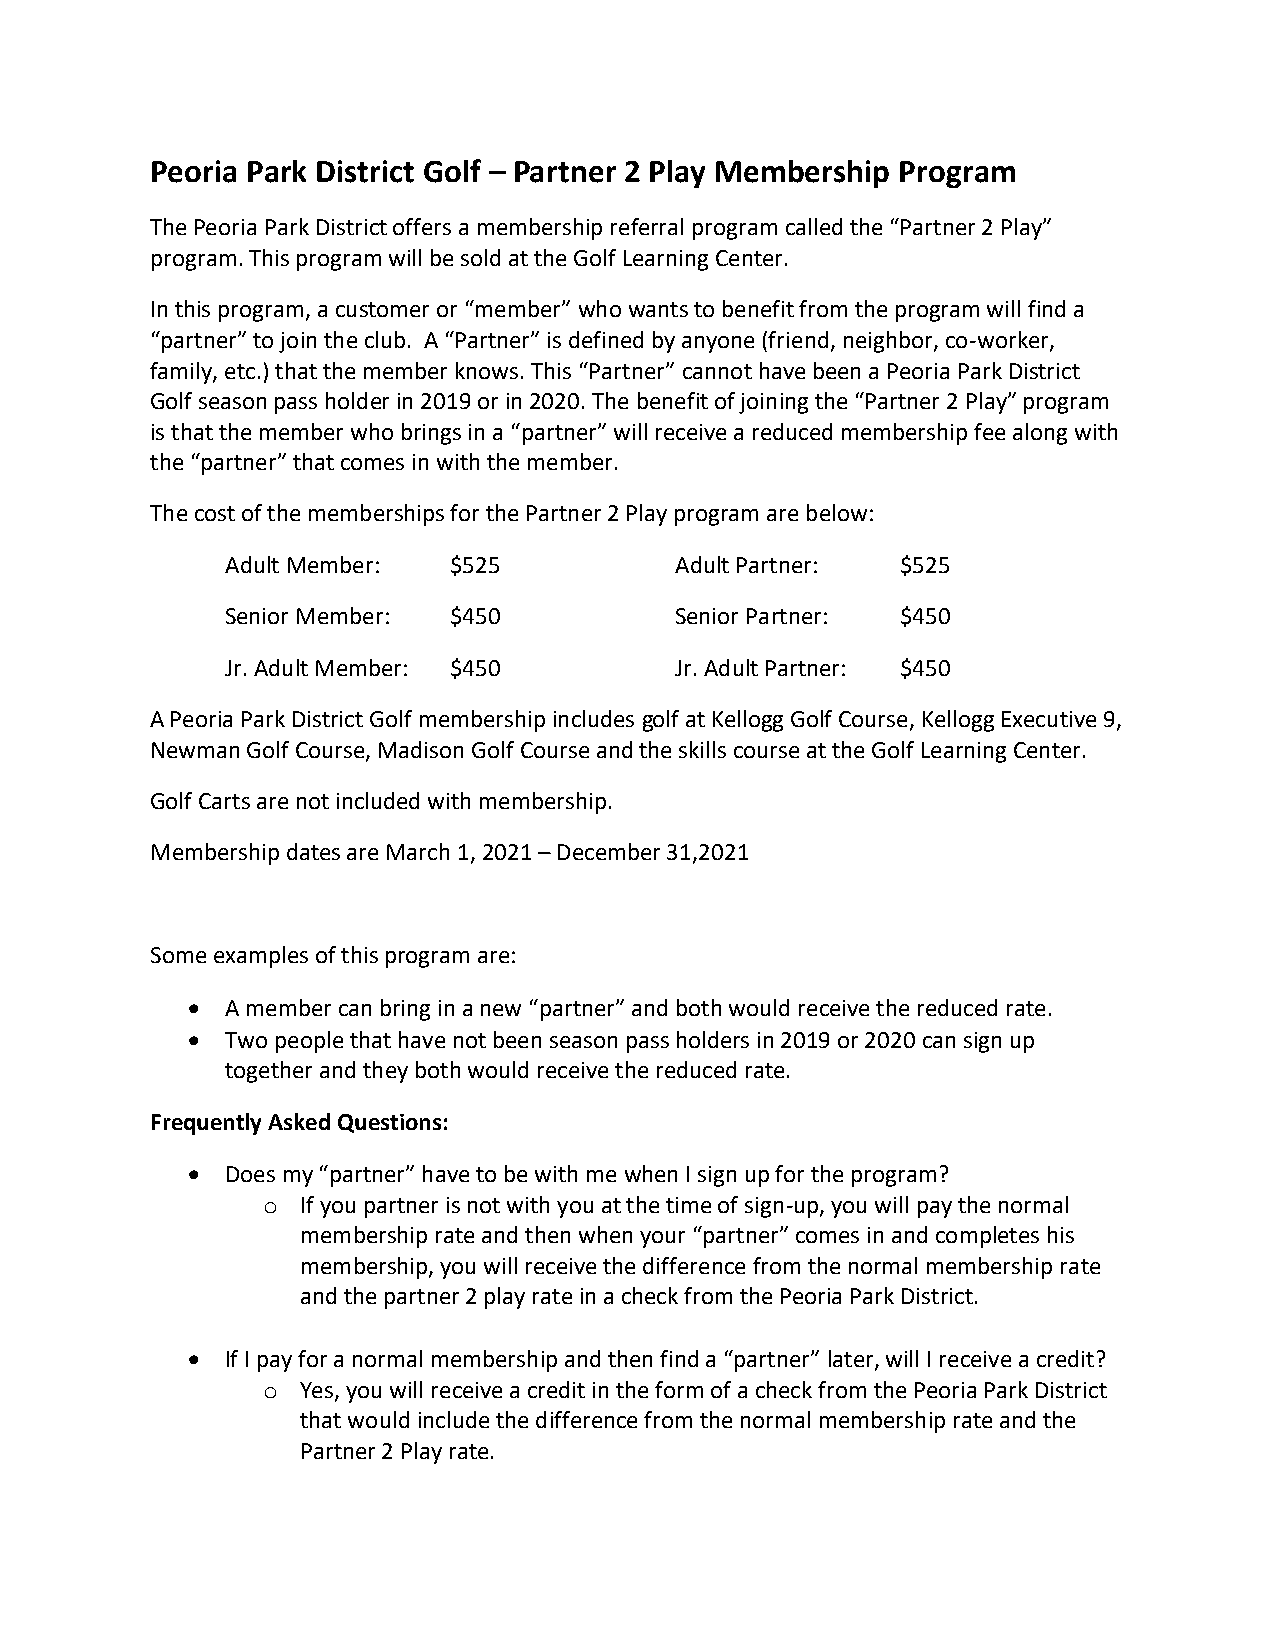
Peoria Park District Golf – Partner 2 Play Membership Program
 The Peoria Park District offers a membership referral program called the “Partner 2 Play”
 program. This program will be sold at the Golf Learning Center.
 In this program, a customer or “member” who wants to benefit from the program will find a
 “partner” to join the club. A “Partner” is defined by anyone (friend, neighbor, co-worker,
 family, etc.) that the member knows. This “Partner” cannot have been a Peoria Park District
 Golf season pass holder in 2019 or in 2020. The benefit of joining the “Partner 2 Play” program
 is that the member who brings in a “partner” will receive a reduced membership fee along with
 the “partner” that comes in with the member.
 The cost of the memberships for the Partner 2 Play program are below:
 Adult Member:  $525           Adult Partner: $525
 Senior Member: $450           Senior Partner: $450
 Jr. Adult Member: $450        Jr. Adult Partner: $450
 A Peoria Park District Golf membership includes golf at Kellogg Golf Course, Kellogg Executive 9,
 Newman Golf Course, Madison Golf Course and the skills course at the Golf Learning Center.
 Golf Carts are not included with membership.
 Membership dates are March 1, 2021 – December 31,2021
 Some examples of this program are:
   A member can bring in a new “partner” and both would receive the reduced rate.
   Two people that have not been season pass holders in 2019 or 2020 can sign up
 together and they both would receive the reduced rate.
 Frequently Asked Questions:
   Does my “partner” have to be with me when I sign up for the program?
 o  If you partner is not with you at the time of sign-up, you will pay the normal
 membership rate and then when your “partner” comes in and completes his
 membership, you will receive the difference from the normal membership rate
 and the partner 2 play rate in a check from the Peoria Park District.
   If I pay for a normal membership and then find a “partner” later, will I receive a credit?
 o  Yes, you will receive a credit in the form of a check from the Peoria Park District
 that would include the difference from the normal membership rate and the
 Partner 2 Play rate.